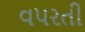
વપરતી